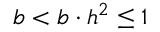
b < b \cdot h ^ { 2 } \leq 1